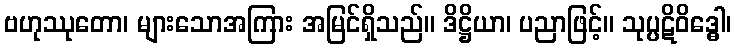
ဗဟုဿုတော၊ များသောအကြား အမြင်ရှိသည်။ ဒိဋ္ဌိယာ၊ ပညာဖြင့်။ သုပ္ပဋိဝိဒ္ဓေါ၊